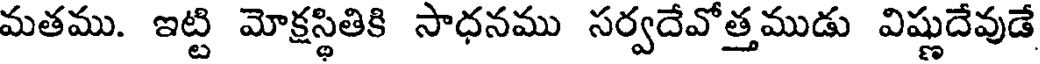
మతము. ఇట్టి మోక్షస్థితికి సాధనము సర్వదేవోత్తముడు విష్ణుదేవుడే